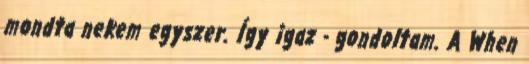
mondta nekem egyszer. Így igaz - gondoltam. A When